Enquiry on enteric fever in India - Number 32
Disease focus: Fever
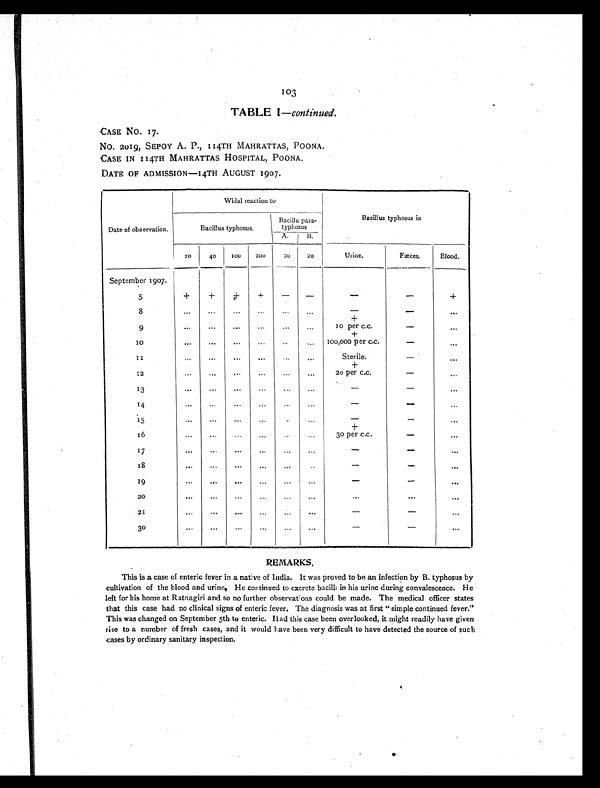
103
TABLE I—continued.
CASE NO. 17.
No. 2019, SEPOY A. P., 114TH MAHRATTAS, POONA.
CASE IN 114TH MAHRATTAS HOSPITAL, POONA.
DATE OF ADMISSION—14TH AUGUST 1907.
Date of observation.
Widal reaction to
Bacillus typhosus in
Bacillus typhosus.
Bacillu para-
typhosus
A
B
20
40
1 0 0 200
20
20
Urine.
Fæces.
Blood.
September 1907.
5
+
+ +
+
-
-
-
-
+
8
...
...
...
...
...
... -
-
...
9
...
...
...
...
...
...
+
10 per c.c.
- ...
10
...
...
...
... ...
...
+
100,000 per c.c.
-
. . .
1 1
...
...
...
...
...
...
Sterile.
- ...
12
...
... ...
...
... ...
+
20 per c.c.
- ...
13
...
...
...
..
...
-
-
...
1 4
...
...
. . .
. . . ...
. . .
-
-
...
15
... ... ... ... ...
...
-
-
...
16
...
...
...
...
...
...
+
3o per c.c.
-
. . .
17
...
. . .
...
...
...
...
-
-
...
18
... ...
...
...
...
...
-
-
...
1 9
...
... ...
...
... ...
-
-
...
20
...
...
...
...
...
...
... ... ...
21
...
... ...
...
...
...
-
-
...
30
...
...
...
...
. . .
...
-
-
...
REMARKS.
This is a case of enteric fever in a native of India. It was proved to be an infection by B. typhosus by
cultivation of the blood and urine, He continued to excrete bacilli in his urine during convalescence. He
left for his home at Ratnagiri and so no further observatons could be made. The medical officer states
that this case had no clinical signs of enteric fever. The diagnosis was at first " simple continued fever."
This was changed on September 5th to enteric. Had this case been overlooked, it might readily have given
rise to a number of fresh cases, and it would have been very difficult to have detected the source of such
cases by ordinary sanitary inspection.